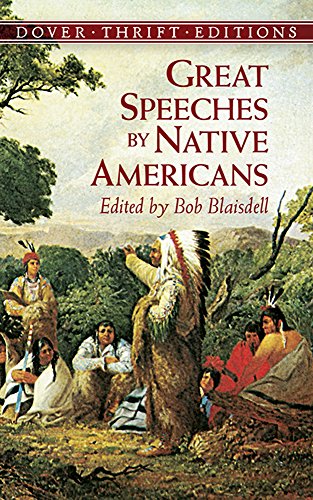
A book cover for Great Speeches by Native Americans (Dover Thrift Editions); Literature & Fiction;